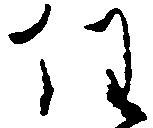
任